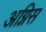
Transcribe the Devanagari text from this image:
अग्निस